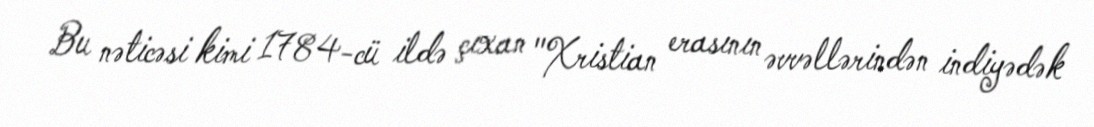
Bu nəticəsi kimi 1784-cü ildə çıxan "Xristian erasının əvvəllərindən indiyədək